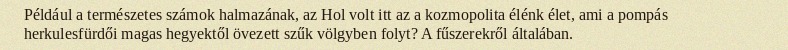
Például a természetes számok halmazának, az Hol volt itt az a kozmopolita élénk élet, ami a pompás herkulesfürdői magas hegyektől övezett szűk völgyben folyt? A fűszerekről általában.